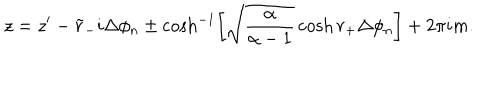
LaTeX: z = z ^ { \prime } - \tilde { r } _ { - } i \Delta \phi _ { n } \pm \cosh ^ { - 1 } \left[ \sqrt { \frac { \alpha } { \alpha - 1 } } \cosh r _ { + } \Delta \phi _ { n } \right] + 2 \pi i m .